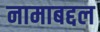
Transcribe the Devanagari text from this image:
नामाबद्दल